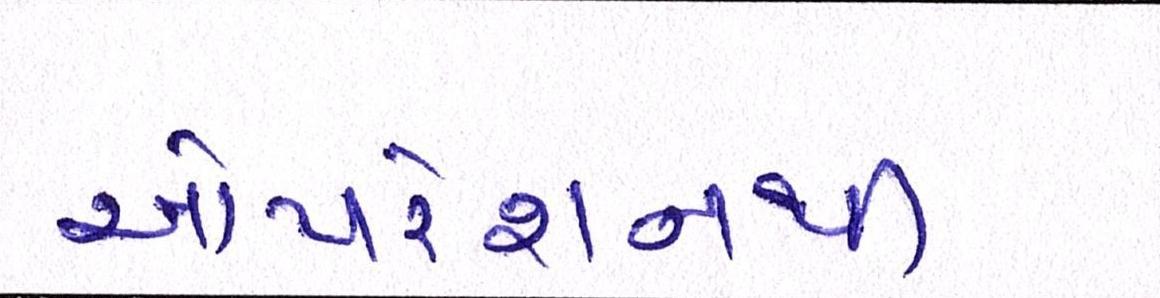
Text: ઓપરેશનથી